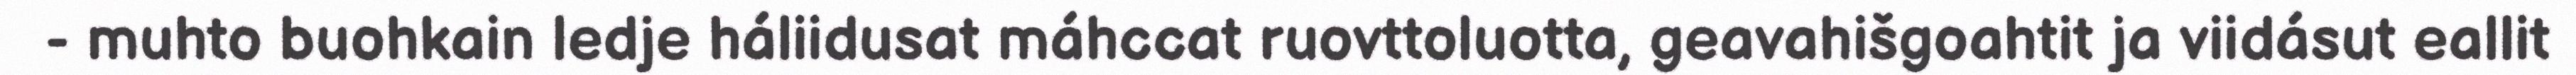
- muhto buohkain ledje háliidusat máhccat ruovttoluotta, geavahišgoahtit ja viidásut eallit